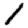
Digit: 1